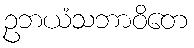
ဥဘယံသဘာဝိတေ